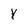
Character: Y